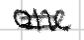
Text: one
Cross-out: double-line
Writing tool: digital_black